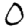
Digit: 0